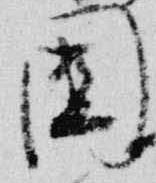
園